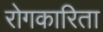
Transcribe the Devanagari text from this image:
रोगकारिता